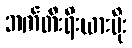
ဘက်တီးရီးယားပိုး